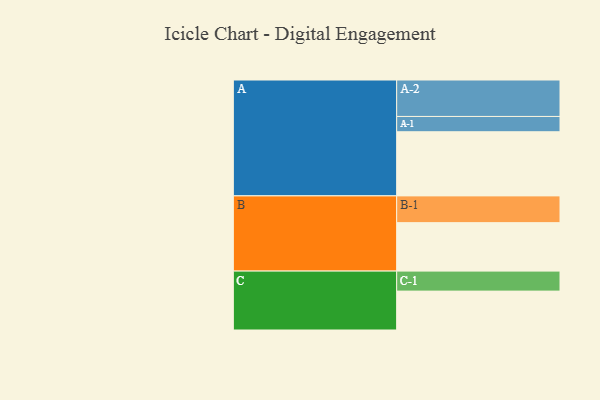
{"axis": {"x": "Segment", "y": "Value"}, "legend": ["", "A", "B", "C"], "data": [{"x": "A", "y": 503, "type": ""}, {"x": "B", "y": 380, "type": ""}, {"x": "C", "y": 305, "type": ""}, {"x": "A-1", "y": 120, "type": "A"}, {"x": "A-2", "y": 286, "type": "A"}, {"x": "B-1", "y": 210, "type": "B"}, {"x": "C-1", "y": 157, "type": "C"}]}